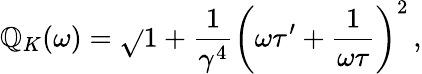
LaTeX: \mathbb{Q}_{K}(\omega)=\sqrt{}{{1+\frac{{1}}{{\gamma^{4}}}\left(\omega\tau^{\prime}+\frac{{1}}{{\omega\tau}}\right)^{2}}}\, ,